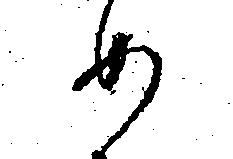
め